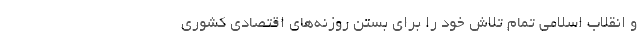
و انقلاب اسلامی تمام تلاش خود را برای بستن روزنه‌های اقتصادی کشوری